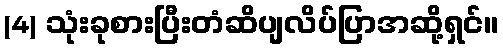
(4) သုံးခုစားပြီးတံဆိပျလိပ်ပြာအဆို့ရှင်။